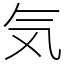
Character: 気